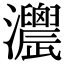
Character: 𤅌